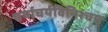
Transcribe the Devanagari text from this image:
चर्याचर्यविनिश्चय